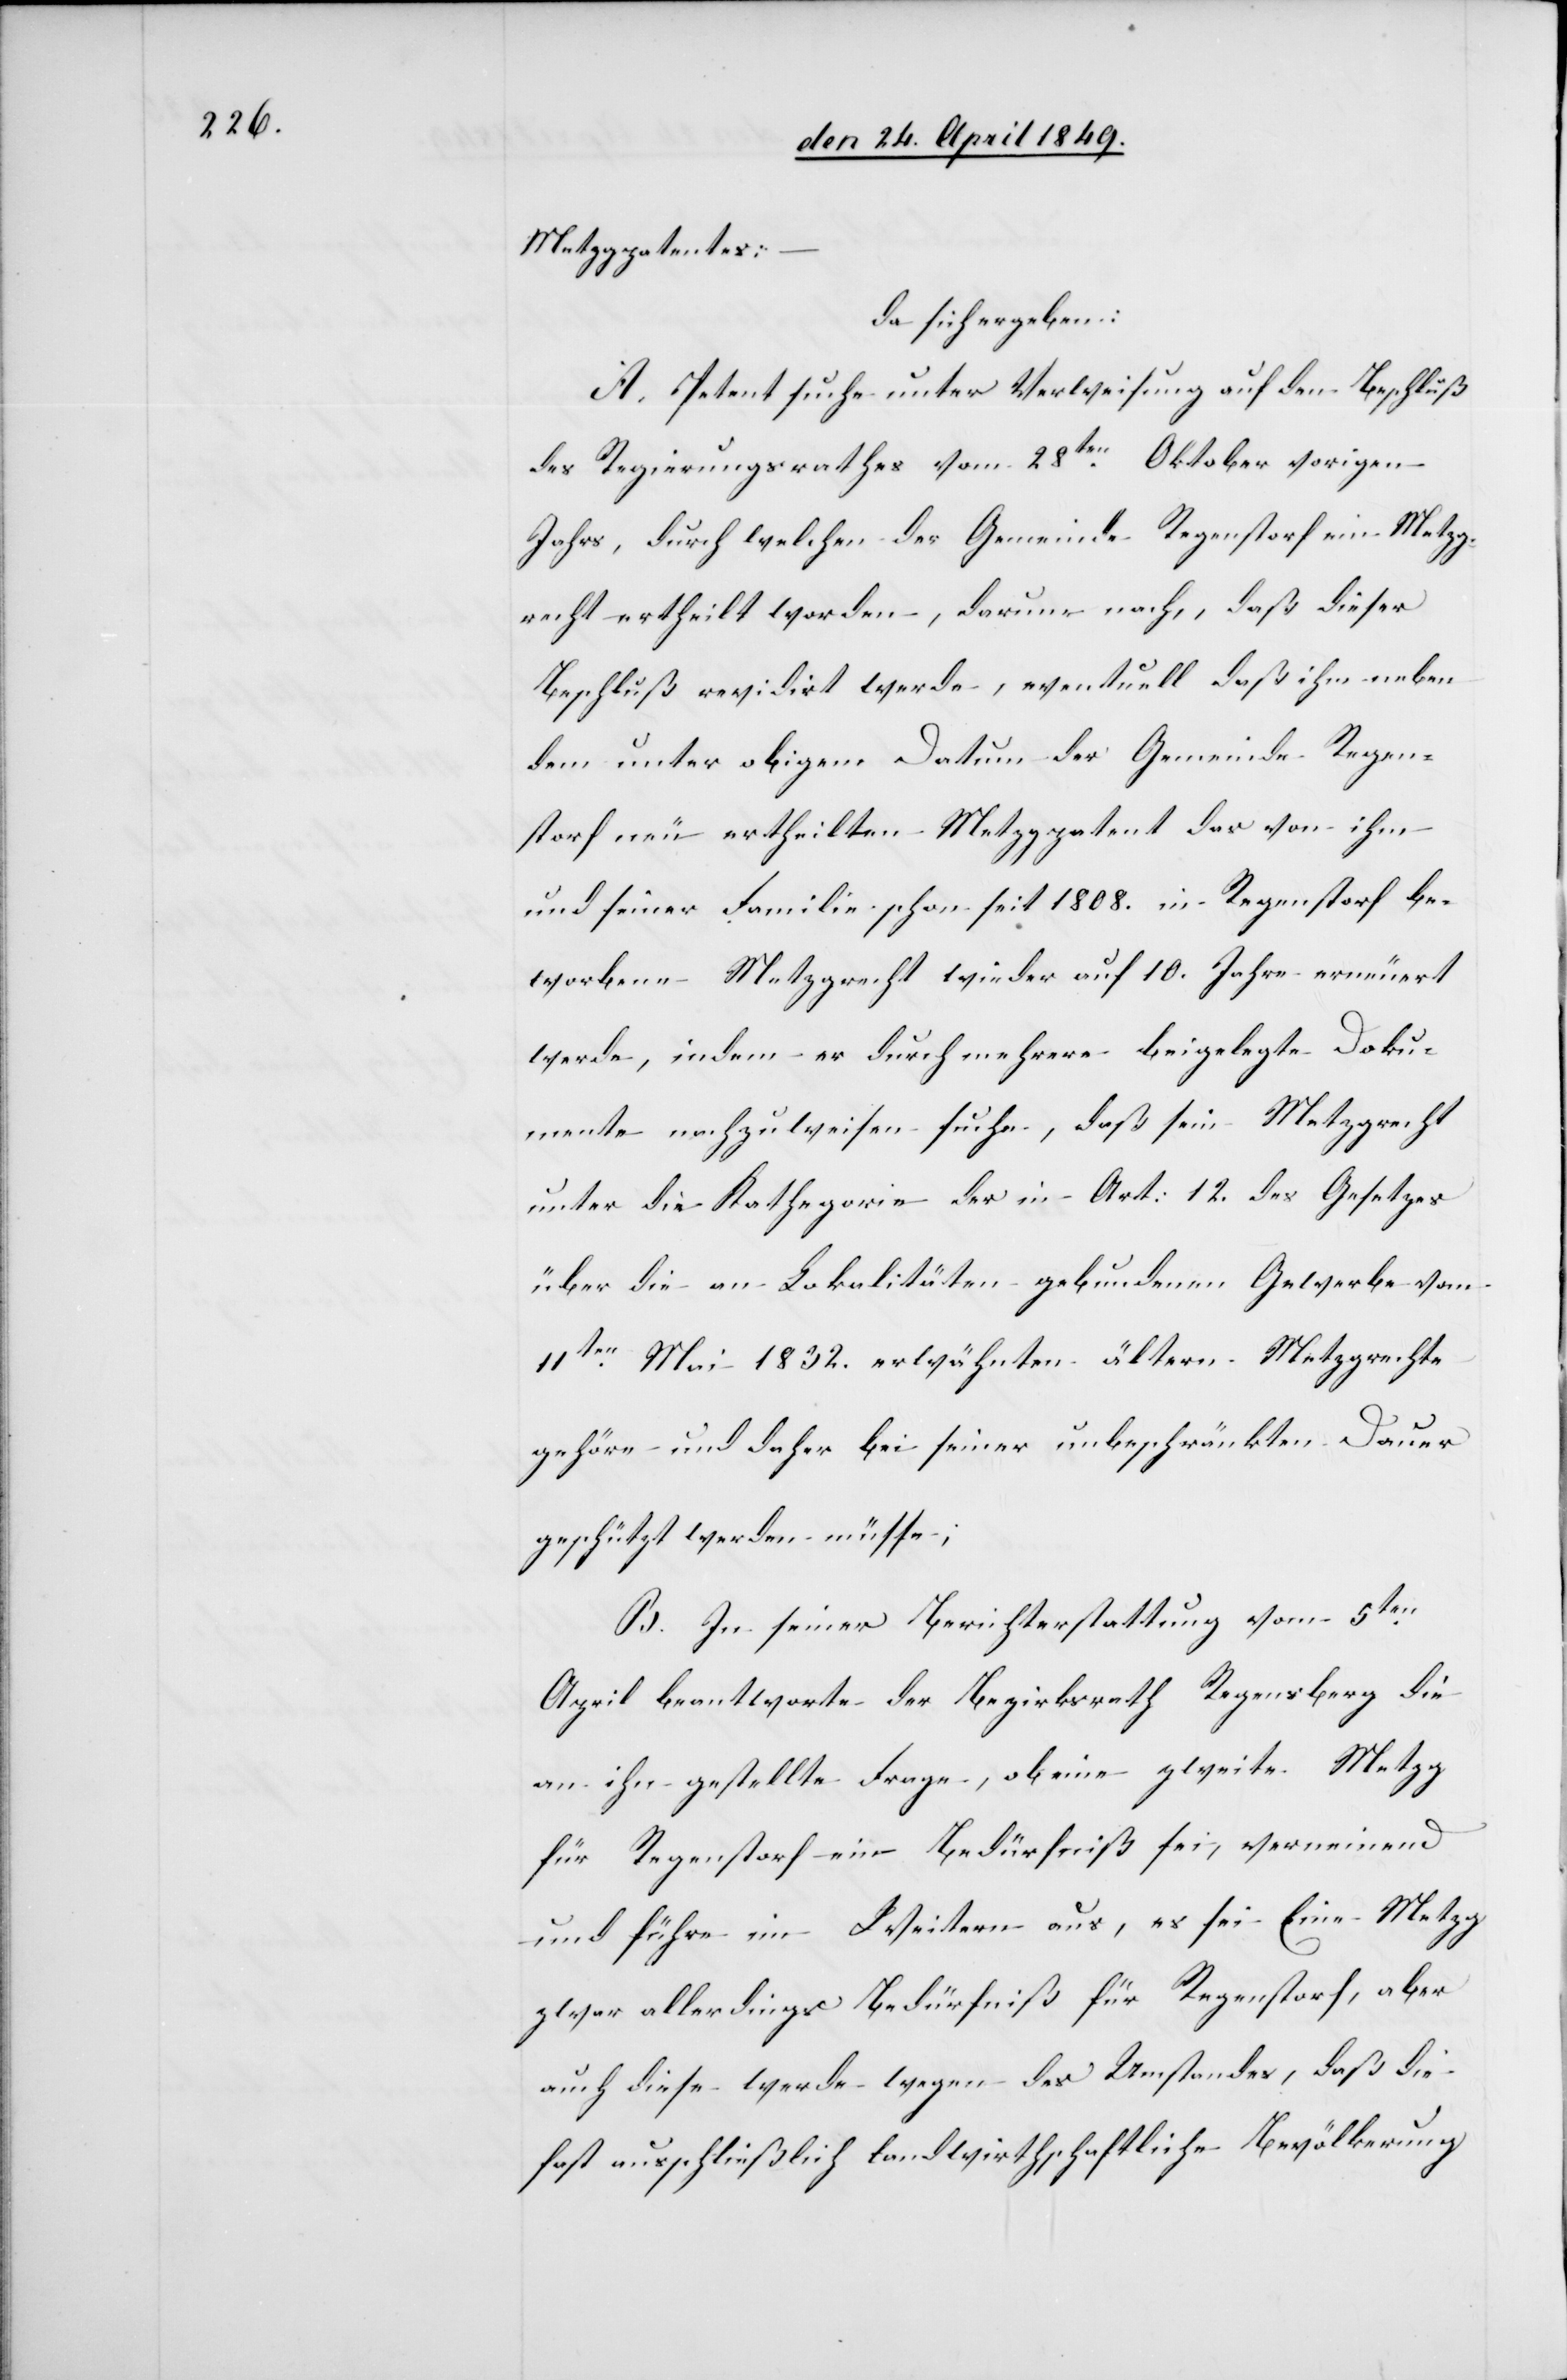
Metzgpatentes:
da sich ergeben:
A. Petent suche unter Verweisung auf den Beschluß
des Regierungsrathes vom 28ten Oktober vorigen
Jahrs, durch welchen der Gemeinde Regenstorf ein Metzg¬
recht ertheilt worden, darum nach, daß dieser
Beschluß revidirt werde, eventuell daß ihm neben
dem unter obigem Datum der Gemeinde Regen¬
storf neu ertheilten Metzgpatent das von ihm
und seiner Familie schon seit 1808. in Regenstorf be¬
worbene Metzgrecht wieder auf 10. Jahre erneuert
werde, indem er durch mehrere beigelegte Doku¬
mente nachzuweisen suche, daß sein Metzgrecht
unter die Kathegorie der in Art: 12. des Gesetzes
über die an Lokalitäten gebundenen Gewerbe vom
11ten Mai 1832. erwähnten ältern Metzgrechte
gehöre und daher bei seiner unbeschränkten Dauer
geschützt werden müsse;
B. In seiner Berichterstattung vom 5ten
April beantworte der Bezirksrath Regensberg die
an ihn gestellte Frage, ob eine zweite Metzg
für Regenstorf ein Bedürfniß sei, verneinend
und führe im Weitern aus, es sei eine Metzg
zwar allerdings Bedürfniß für Regenstorf, aber
auch diese werde wegen des Umstandes, daß die
fast ausschließlich landwirthschaftliche Bevölkerung